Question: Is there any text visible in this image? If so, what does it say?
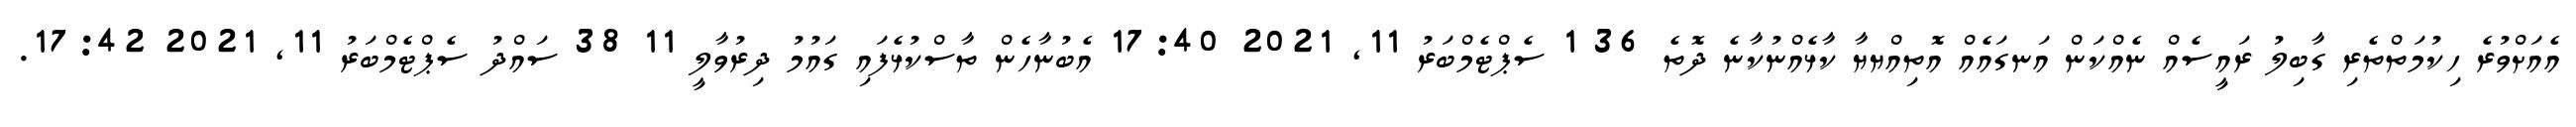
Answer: އެއަށްވުރެ ހިކުމަތްތެރި ގާބިލު ރައީސެއް ނެއްކަން އަނގައެއް އޮތިއްޔޔާ ކާޅެއްނުކާނެ ދޮތެ 36 1 ސެޕްޓެމްބަރު 11, 2021 17:40 އެބުނާހެން ތާސްކުޅެފައި ގައުމު ދިރުވާލީ 11 38 ސައްދު ސެޕްޓެމްބަރު 11, 2021 17:42.